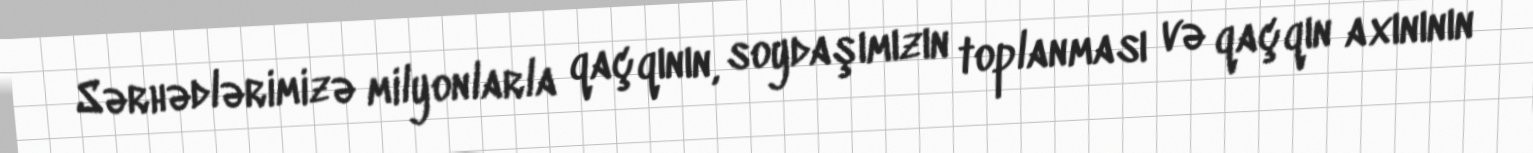
Sərhədlərimizə milyonlarla qaçqının, soydaşımızın toplanması və qaçqın axınının